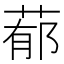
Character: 𦵁